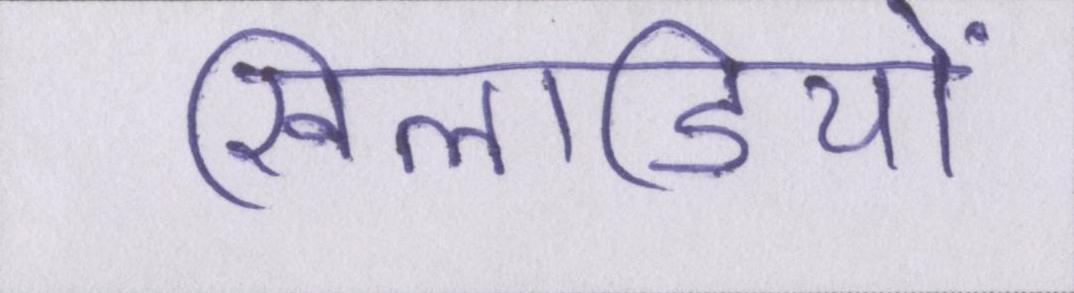
खिलाडियों